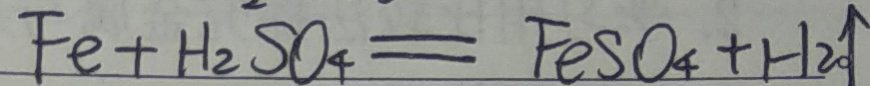
F e + H _ { 2 } S O _ { 4 } = F e S O _ { 4 } + H _ { 2 } \uparrow